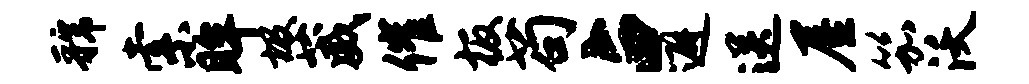
虢索眸圾葳催板苟占避送屋笳沃